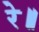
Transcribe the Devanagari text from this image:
रे॥